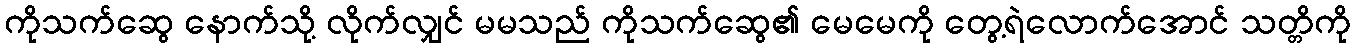
ကိုသက်ဆွေ နောက်သို့ လိုက်လျှင် မမသည် ကိုသက်ဆွေ၏ မေမေကို တွေ့ရဲလောက်အောင် သတ္တိကို